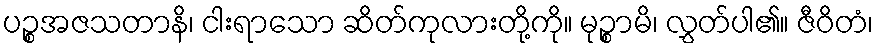
ပဉ္စအဇသတာနိ၊ ငါးရာသော ဆိတ်ကုလားတို့ကို။ မုဉ္စာမိ၊ လွှတ်ပါ၏။ ဇီဝိတံ၊